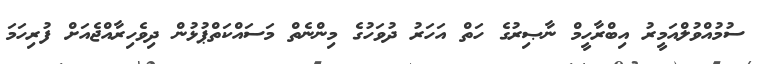
ސުމުއްވުލްއަމީރު އިބްރާހީމް ނާޞިރުގެ ހަތް އަހަރު ދުވަހުގެ މިންނެތް މަސައްކަތްޕުޅުން ދިވެހިރާއްޖެއަށް ފުރިހަމަ